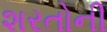
શરતોની